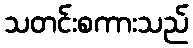
သတင်းစကားသည်